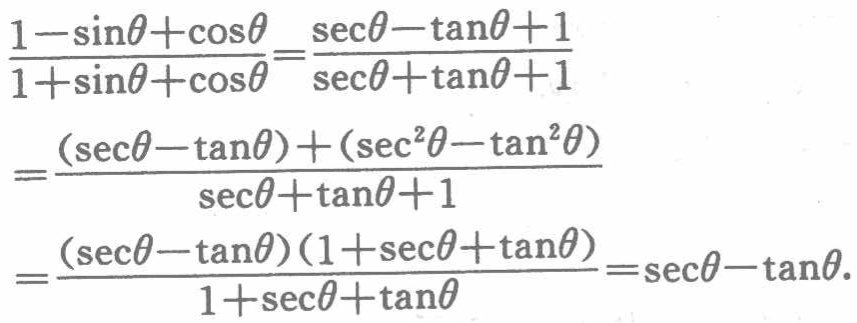
\[\begin{align*}

\frac{1 - \sin\theta+\cos\theta}{1 + \sin\theta+\cos\theta}&=\frac{\sec\theta - \tan\theta + 1}{\sec\theta+\tan\theta + 1}\\

&=\frac{(\sec\theta - \tan\theta)+(\sec^{2}\theta - \tan^{2}\theta)}{\sec\theta+\tan\theta + 1}\\

&=\frac{(\sec\theta - \tan\theta)(1 + \sec\theta+\tan\theta)}{1 + \sec\theta+\tan\theta}=\sec\theta - \tan\theta.

\end{align*}\]